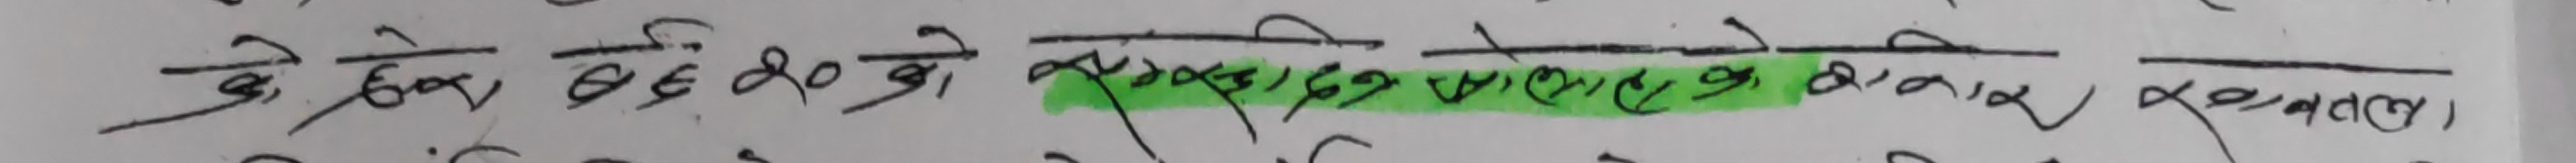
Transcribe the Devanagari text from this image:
के केही छ ६० बो सुखद गभको मात्रको बदल।